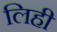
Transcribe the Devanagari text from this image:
लिही